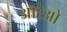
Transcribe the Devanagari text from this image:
ऑरेओ